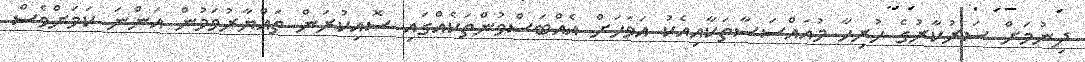
ދިނުމަށް ސަރުކާރުގެ ހުރިހާ މުއައްސަސާތަކާއިއެކު އަވަހަށް އެއްބަސްވުންތަކެއްގައި ސޮއިކުރަން ތައްޔާރުވަމުން އަންނަ ކަމަށްވެސް